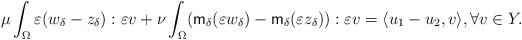
LaTeX: \begin{align*} \mu \int_\Omega \varepsilon (w_\delta - z_\delta ):\varepsilon v +\nu \int_\Omega (\mathsf{m}_\delta (\varepsilon w_\delta) - \mathsf{m}_\delta (\varepsilon z_\delta) ):\varepsilon v=\langle u_1 -u_2, v\rangle, \forall v \in Y. \end{align*}